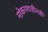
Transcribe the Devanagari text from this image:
नोकरशाहीतही